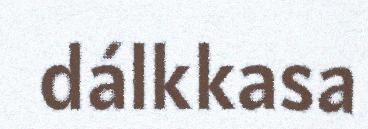
dálkkasa